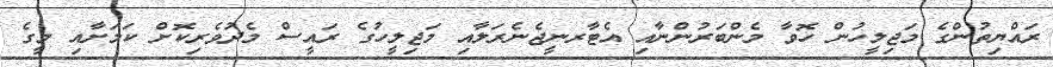
ރައްޔިތުންގެ މަޖިލީހުން ހޮވާ މެންބަރުންނާއި އެޓާރނީޖެނެރަލާއި މަޖިލީހުގެ ރައީސް މެދުވެރިކޮށް ކަމަށާއި މީގެ